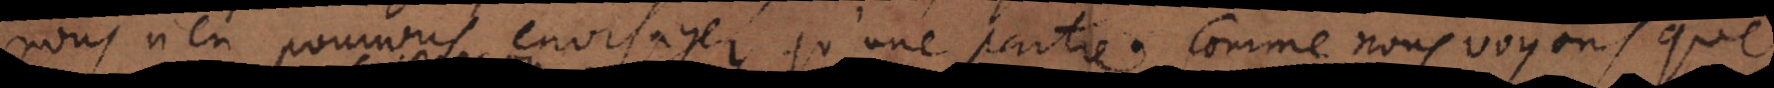
nous n’en pouvons envisager qu’une partie. Comme nous voyons que